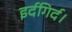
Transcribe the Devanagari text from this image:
इर्दगिर्द।